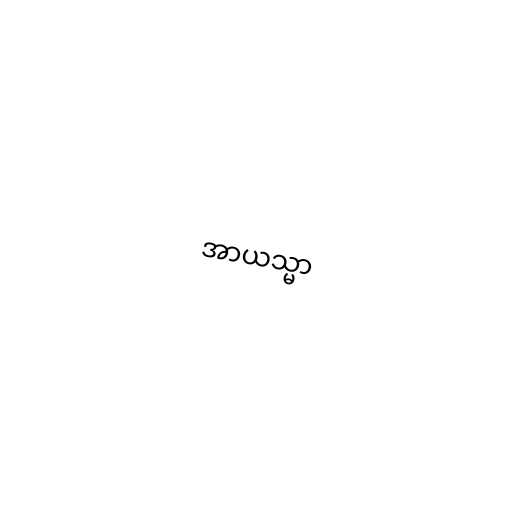
အာယသ္မာ